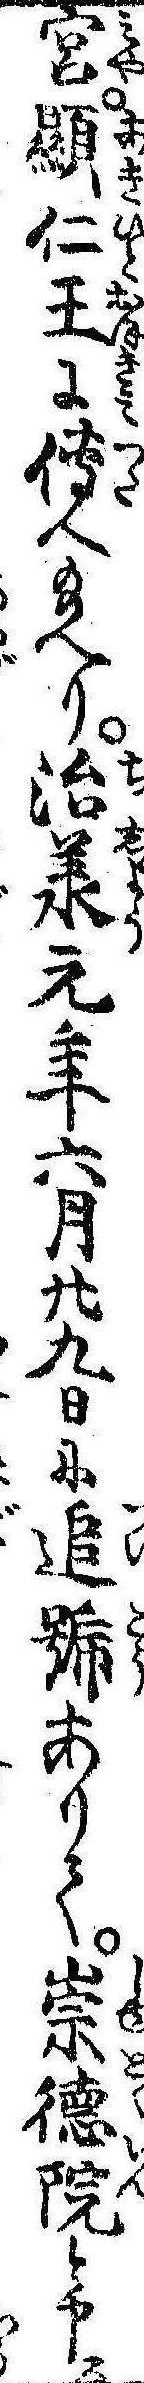
宮顕仁王に伝へ給へり治承元年六月廿九日に追号ありて崇徳院と申ス